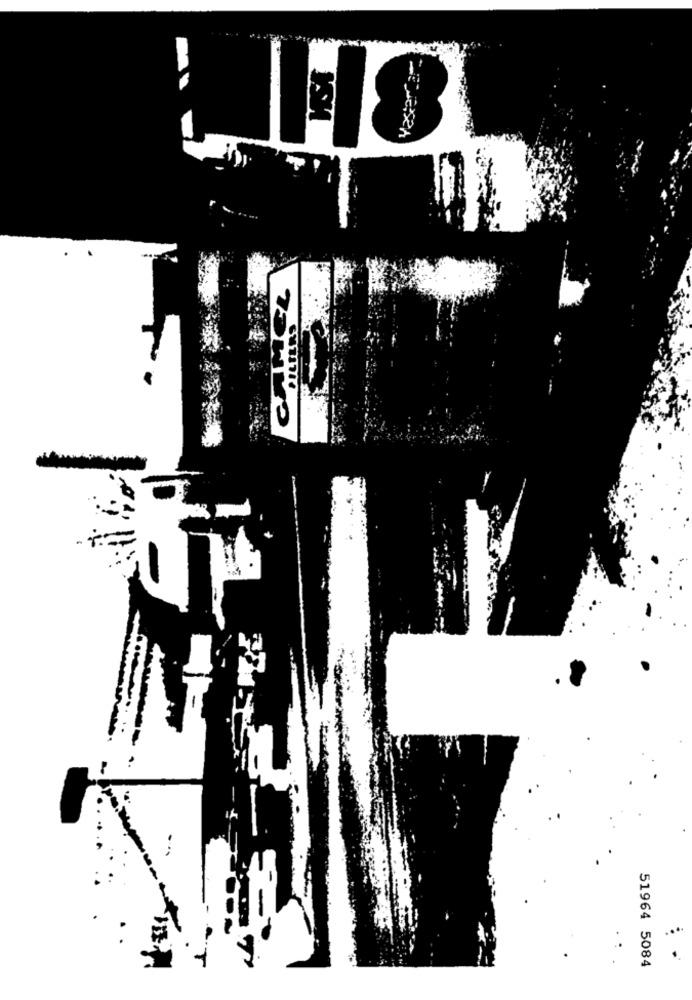
PILIERS
...
51964 5084